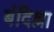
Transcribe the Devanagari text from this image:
बंदिल्ला